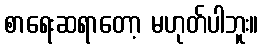
စာရေးဆရာတော့ မဟုတ်ပါဘူး။